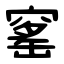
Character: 窰